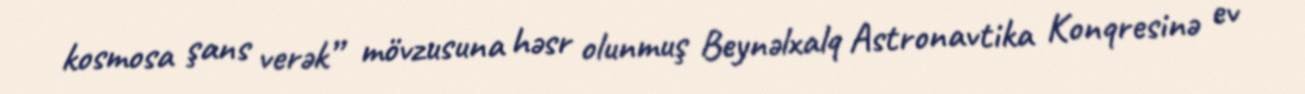
kosmosa şans verək” mövzusuna həsr olunmuş Beynəlxalq Astronavtika Konqresinə ev